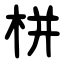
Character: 栟